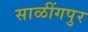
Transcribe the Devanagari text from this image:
साळींगपुर